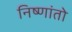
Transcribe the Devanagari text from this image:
निष्णांतो